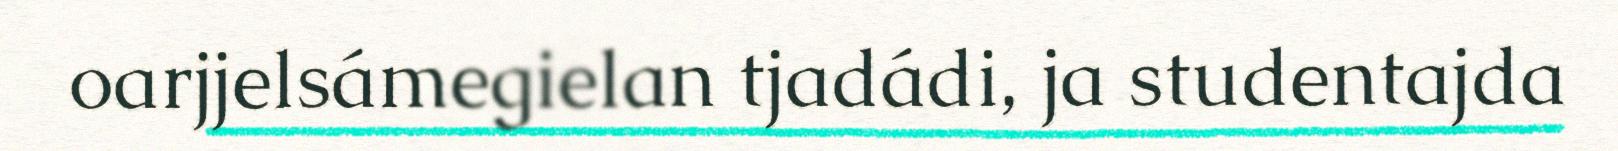
oarjjelsámegielan tjadádi, ja studentajda